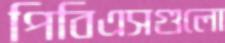
পিবিএসগুলো